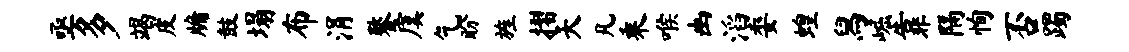
亟多竭皮牖鼓塌布涓鏊虞乞盼旌摺夭凡乘喉幽滔委蝗舄崛靠隔恂否躅